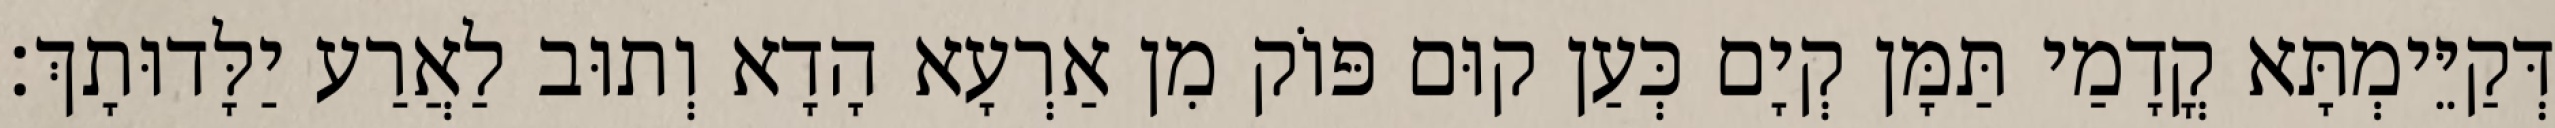
דְּקַיֵּימְתָּא קֳדָמַי תַּמָּן קְיָם כְּעַן קוּם פּוֹק מִן אַרְעָא הָדָא וְתוּב לַאֲרַע יַלָּדוּתָךְ׃